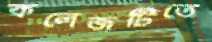
কলেজটিতে